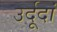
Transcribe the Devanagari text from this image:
उर्दूदां